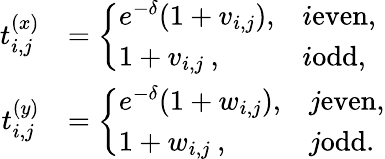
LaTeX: \begin{array}{rl}{t_{i,j}^{(x)}}&{=\left\{ \begin{array}{ll}{e^{-\delta}(1+v_{i,j}),}&{i\textrm{even},}\\ {1+v_{i,j}\: ,}&{i\textrm{odd},}\end{array}\right.}\\ {t_{i,j}^{(y)}}&{=\left\{ \begin{array}{ll}{e^{-\delta}(1+w_{i,j}),}&{j\textrm{even},}\\ {1+w_{i,j}\: ,}&{j\textrm{odd}.}\end{array}\right.}\end{array}